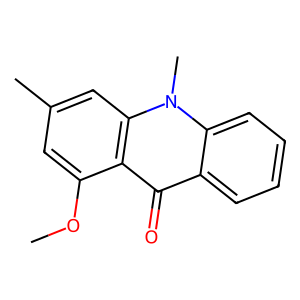
SMILES: COc1cc(C)cc2c1c(=O)c1ccccc1n2C
Inhibits HIV replication: No